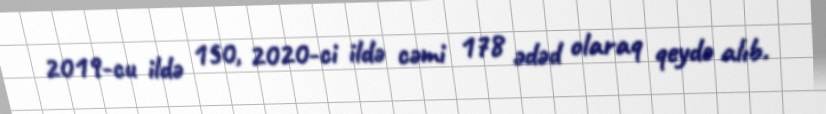
2019-cu ildə 150, 2020-ci ildə cəmi 178 ədəd olaraq qeydə alıb.